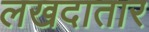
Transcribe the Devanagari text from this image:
लखदातार